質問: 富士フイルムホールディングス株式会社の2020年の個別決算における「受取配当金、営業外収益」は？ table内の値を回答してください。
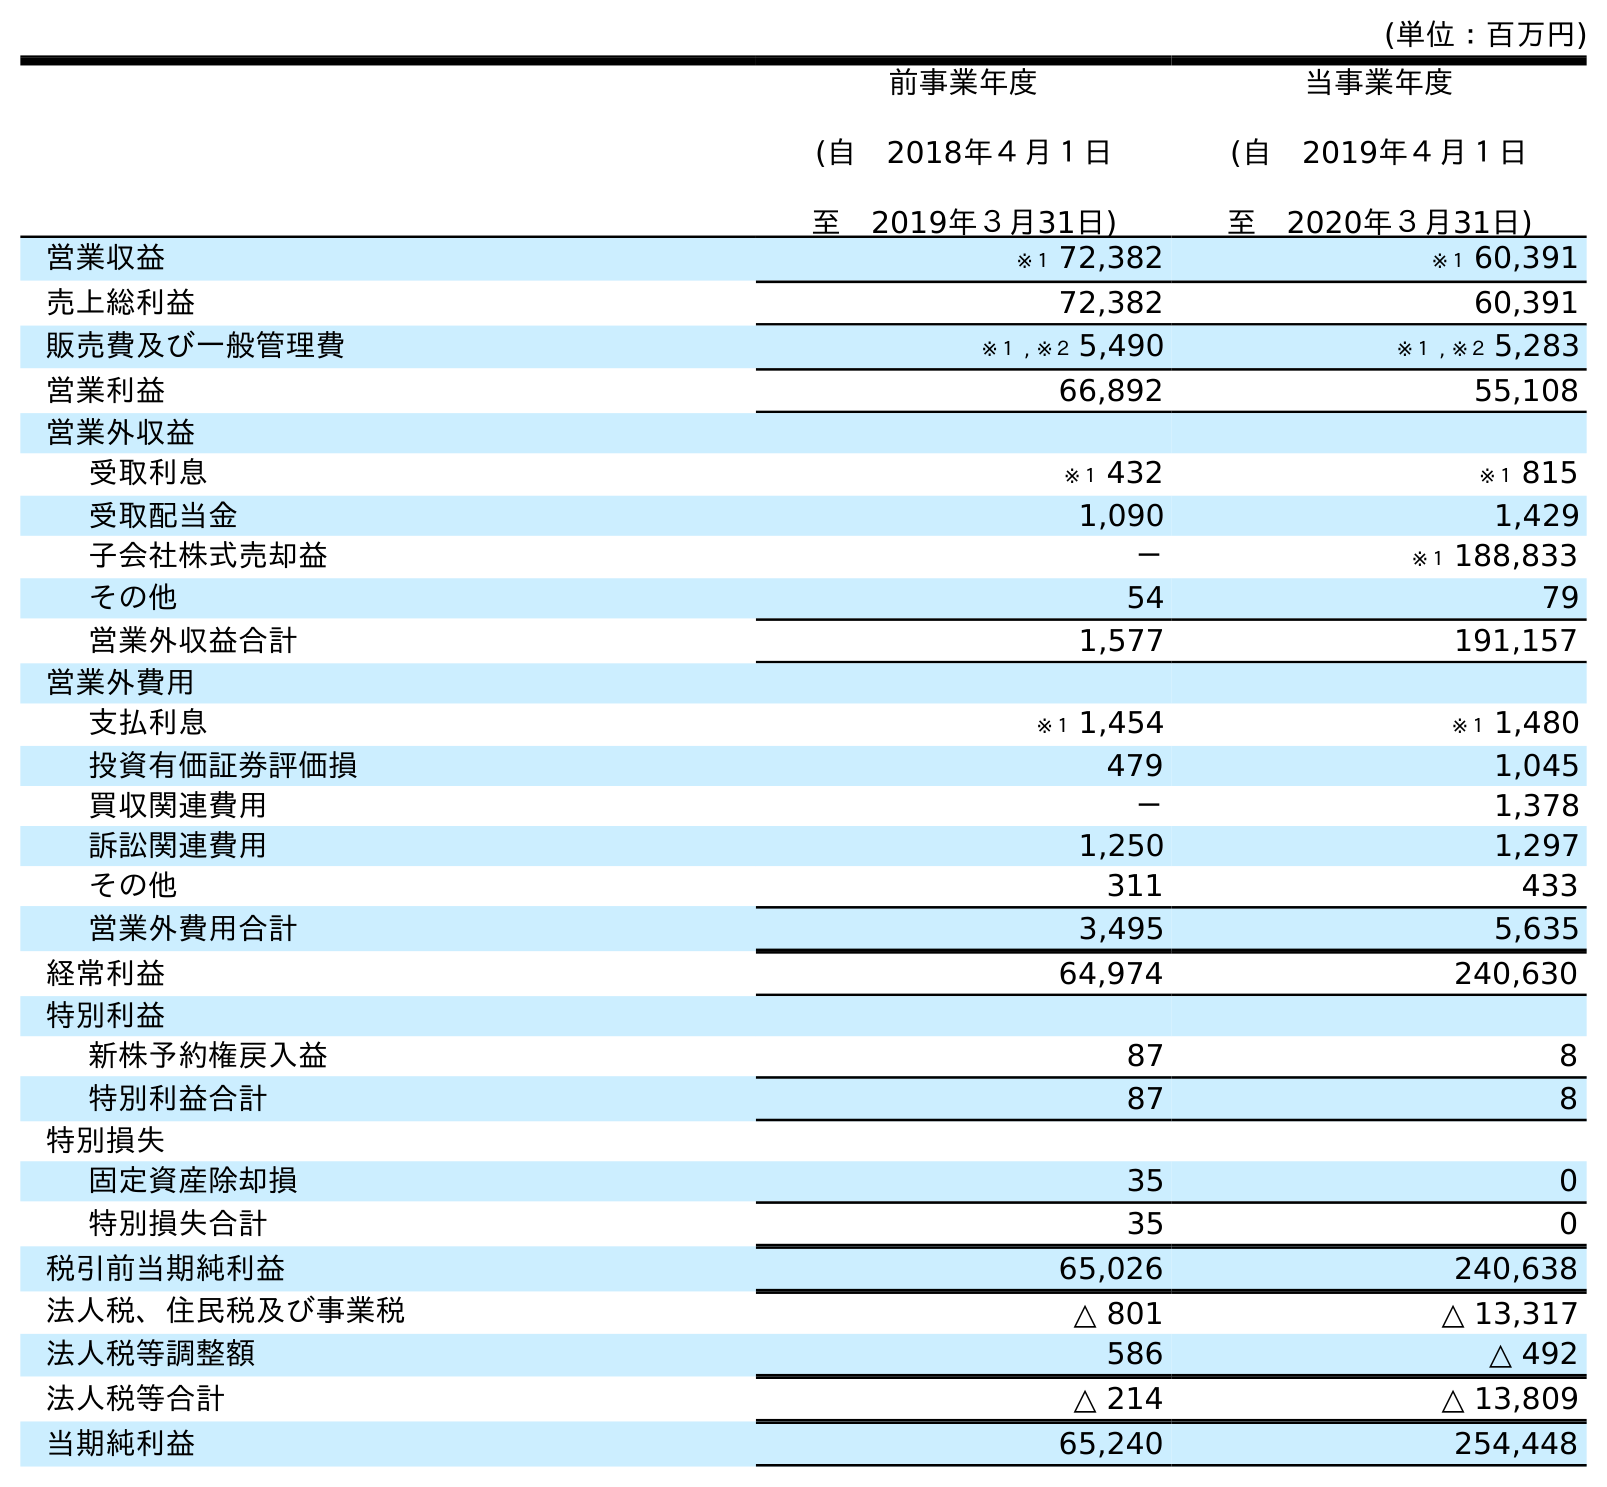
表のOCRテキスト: (単位：百万円) 前事業年度 (自 2018年４月１日 至 2019年３月31日) 当事業年度 (自 2019年４月１日 至 2020年３月31日) 営業収益 ※１ 72,382 ※１ 60,391 売上総利益 72,382 60,391 販売費及び一般管理費 ※１ , ※２ 5,490 ※１ , ※２ 5,283 営業利益 66,892 55,108 営業外収益 受取利息 ※１ 432 ※１ 815 受取配当金 1,090 1,429 子会社株式売却益 － ※１ 188,833 その他 54 79 営業外収益合計 1,577 191,157 営業外費用 支払利息 ※１ 1,454 ※１ 1,480 投資有価証券評価損 479 1,045 買収関連費用 － 1,378 訴訟関連費用 1,250 1,297 その他 311 433 営業外費用合計 3,495 5,635 経常利益 64,974 240,630 特別利益 新株予約権戻入益 87 8 特別利益合計 87 8 特別損失 固定資産除却損 35 0 特別損失合計 35 0 税引前当期純利益 65,026 240,638 法人税、住民税及び事業税 △ 801 △ 13,317 法人税等調整額 586 △ 492 法人税等合計 △ 214 △ 13,809 当期純利益 65,240 254,448
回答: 1,429